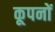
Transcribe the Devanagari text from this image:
कूपनों